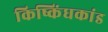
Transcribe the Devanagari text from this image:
किष्किंधकांड